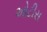
ઓટીસ